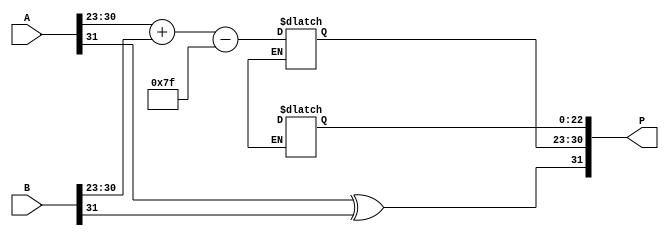
module fp_wallace_multiplier (
    input [31:0] A, // First floating-point number
    input [31:0] B, // Second floating-point number
    output reg [31:0] P // Product output
);

    // Constants
    parameter BIAS = 127;
    
    // Extracting sign, exponent, and significand from inputs
    wire sign_A = A[31];
    wire sign_B = B[31];
    
    wire [7:0] exp_A = A[30:23];
    wire [7:0] exp_B = B[30:23];
    
    wire [22:0] frac_A = A[22:0];
    wire [22:0] frac_B = B[22:0];
    
    // Normalized significands (including implicit leading 1)
    wire [23:0] significand_A = {1'b1, frac_A};
    wire [23:0] significand_B = {1'b1, frac_B};

    // Sign calculation
    wire sign_P = sign_A ^ sign_B;

    // Exponent calculation
    wire [8:0] exp_sum = {1'b0, exp_A} + {1'b0, exp_B} - BIAS;
    
    // Wallace Tree Partial Product Generation
    wire [47:0] pp [0:23]; // Partial products

    genvar i, j;
    generate
        for (i = 0; i < 24; i = i + 1) begin
            for (j = 0; j < 24; j = j + 1) begin
                assign pp[i][j+i] = significand_A[i] & significand_B[j]; // Generate partial products
            end
        end
    endgenerate

    // Wallace Tree Reduction
    // Half-Adders and Full-Adders would be required to reduce the partial products
    // This section is simplified and assumes a reduction function
    wire [47:0] reduced_product; // Placeholder for reduced product from Wallace tree
    // Call to a Wallace tree reduction function would be necessary here

    // Normalization (simplified)
    reg [47:0] normalized_product;
    reg [7:0] final_exponent;
    
    always @(*) begin
        // Normalize the product and calculate the final exponent
        if (reduced_product[47]) begin
            normalized_product = reduced_product; // Already normalized
            final_exponent = exp_sum;
        end else begin
            // Need to shift the normalized_product left and adjust final_exponent
            // This part requires more logic to handle the shift correctly
        end
    end

    // Final output assembly
    always @(*) begin
        // Combining sign, exponent, and significand into the final product
        P[31] = sign_P;
        P[30:23] = final_exponent;
        P[22:0] = normalized_product[22:0]; // Take the lower bits of the normalized product
    end

endmodule